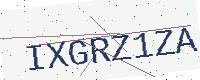
Text: IXGRZ1ZA